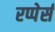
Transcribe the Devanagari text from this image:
रप्पेर्स